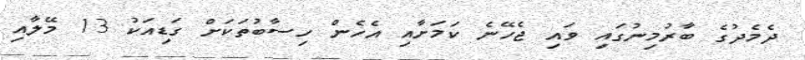
ދެމެދުގެ ބާރުމިނުގައި ވައި ޖެހޭނެ ކަމަށާއި އެހެން ހިސާބުތަކަށް ގަޑިއަކު 13 މޭލާއި